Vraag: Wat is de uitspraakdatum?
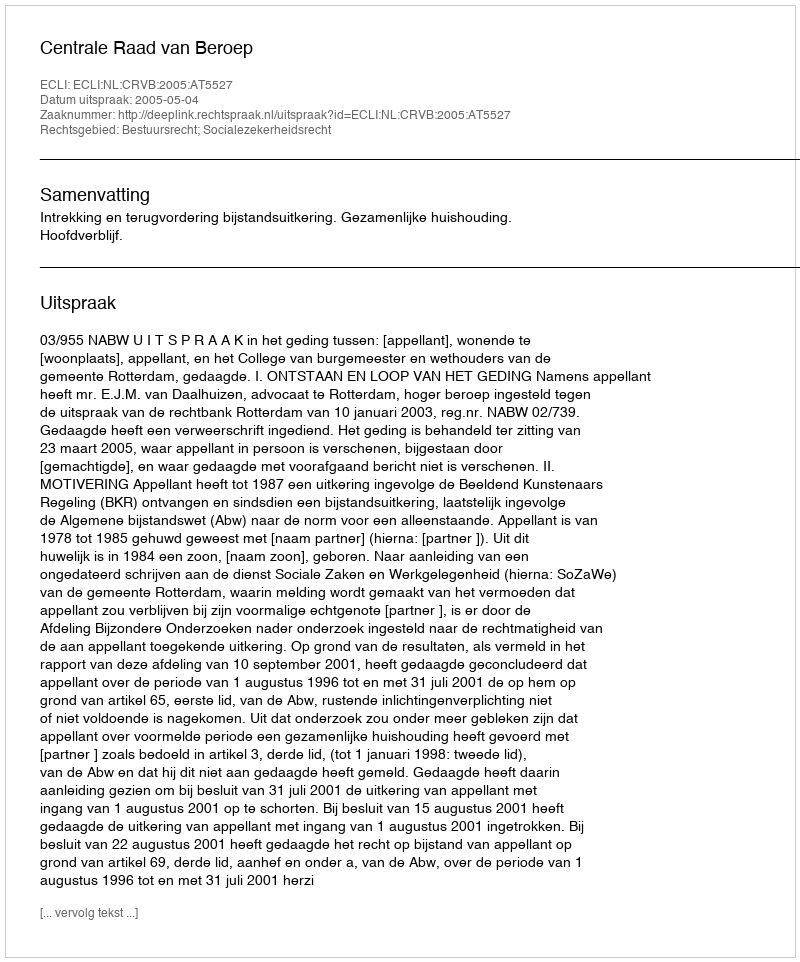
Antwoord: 2005-05-04